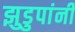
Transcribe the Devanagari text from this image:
झुडुपांनी